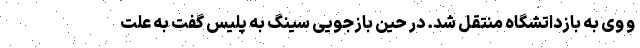
و وی به بازداتشگاه منتقل شد. در حین بازجویی سینگ به پلیس گفت به علت